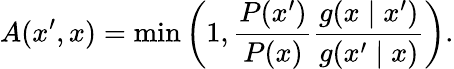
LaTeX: A(x^{\prime},x)=\operatorname*{min}\left(1,{\frac{P(x^{\prime})}{P(x)}}{\frac{g(x\mid x^{\prime})}{g(x^{\prime}\mid x)}}\right).